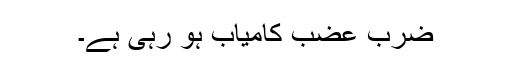
ضرب عضب کامیاب ہو رہی ہے۔